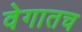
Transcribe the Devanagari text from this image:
वेगातच